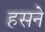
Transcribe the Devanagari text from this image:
हसने